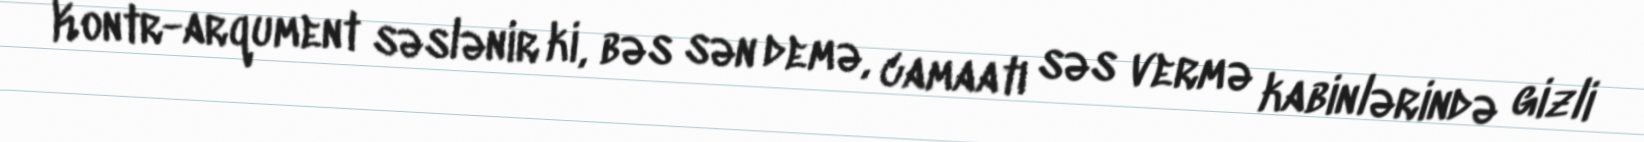
Kontr-arqument səslənir ki, bəs sən demə, camaatı səs vermə kabinlərində gizli